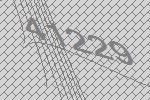
41229